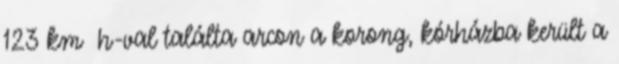
123 km h-val találta arcon a korong, kórházba került a